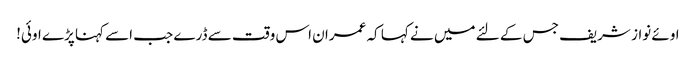
اوئے نواز شریف جس کے لئے میں نے کہا کہ عمران اس وقت سے ڈرے جب اسے کہنا پڑے اوئی!